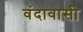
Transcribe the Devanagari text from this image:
वंदावासी